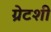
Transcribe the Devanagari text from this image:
ग्रेटशी